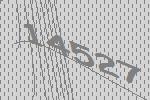
14527